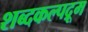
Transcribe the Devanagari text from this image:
शब्दकल्पद्रूम